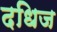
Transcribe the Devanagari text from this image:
दधिज